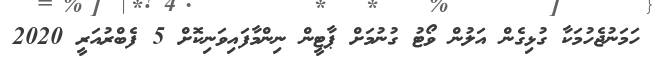
ހަމަނުޖެހުމަކާ ގުޅިގެން އަލުން ވޯޓު ގުނުމަށް ޕާޓީން ނިންމާފައިވަނިކޮށް 5 ފެބްރުއަރީ 2020